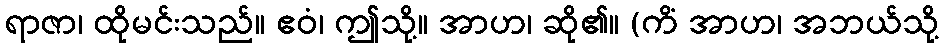
ရာဇာ၊ ထိုမင်းသည်။ ဧဝံ၊ ဤသို့။ အာဟ၊ ဆို၏။ (ကိံ အာဟ၊ အဘယ်သို့